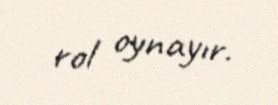
rol oynayır.